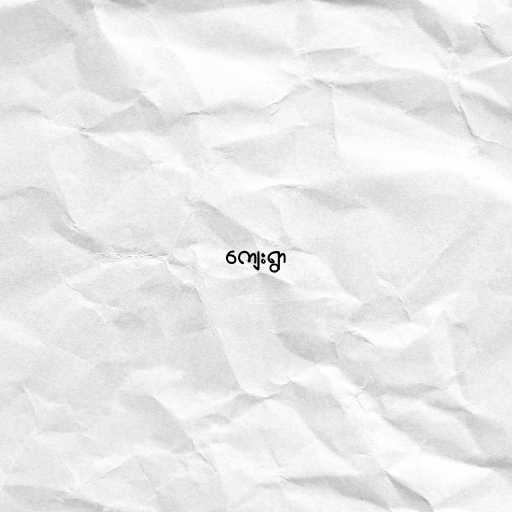
ကျေးရွာ